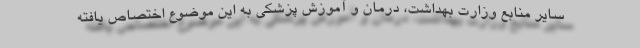
سایر منابع وزارت بهداشت، درمان و آموزش پزشکی به این موضوع اختصاص یافته